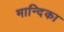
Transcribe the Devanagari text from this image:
मान्दिका